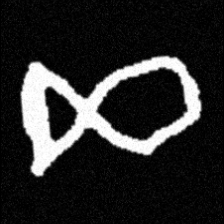
Pyu character \u2014 Myanmar letter: ဆ (romanized: cha)